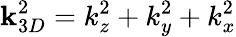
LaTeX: \textbf{k}_{3D}^{2}=k_{z}^{2}+k_{y}^{2}+k_{x}^{2}